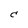
Character: C